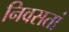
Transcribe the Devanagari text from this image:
निवसतां